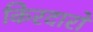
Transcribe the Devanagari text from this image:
किरदारो